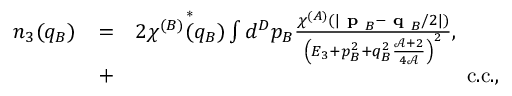
\begin{array} { r l r } { n _ { 3 } ( q _ { B } ) } & { = } & { 2 \chi ^ { ( B ) } \overset { * } { ( } q _ { B } ) \int d ^ { D } p _ { B } \frac { \chi ^ { ( A ) } ( \lvert \textbf { p } _ { B } - \textbf { q } _ { B } / 2 \rvert ) } { \left( E _ { 3 } + p _ { B } ^ { 2 } + q _ { B } ^ { 2 } \frac { \mathcal { A } + 2 } { 4 \mathcal { A } } \right) ^ { 2 } } , \ \ \ \ \ \ } \\ & { + } & { \mathrm { c . c . } , } \end{array}